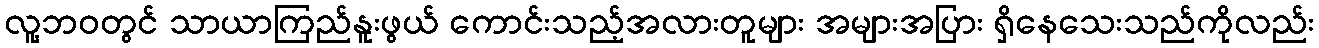
လူ့ဘဝတွင် သာယာကြည်နူးဖွယ် ကောင်းသည့်အလားတူများ အများအပြား ရှိနေသေးသည်ကိုလည်း